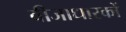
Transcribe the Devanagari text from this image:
वीजाधारकों